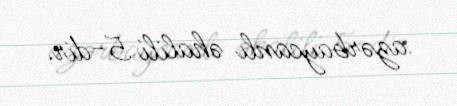
azərbaycanlı əhalili 5-dir.